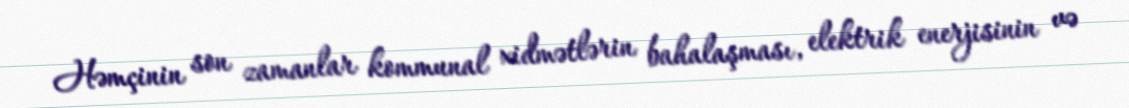
Həmçinin son zamanlar kommunal xidmətlərin bahalaşması, elektrik enerjisinin və